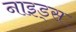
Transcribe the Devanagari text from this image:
नाइड्स